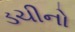
ડચીનો